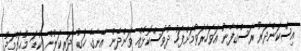
އިސްކަންދަރު ރަސްގެފާނު އަވަހާރަވުމަށްފަހު ދުވަސްކޮޅެއް ވަންދެން އޭނާގެ ހަގު ދަރިކަލުން ކުޑަ މުޙައްމަދު